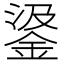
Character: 𨦮